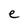
Character: e